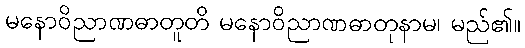
မနောဝိညာဏဓာတူတိ မနောဝိညာဏဓာတုနာမ၊ မည်၏။